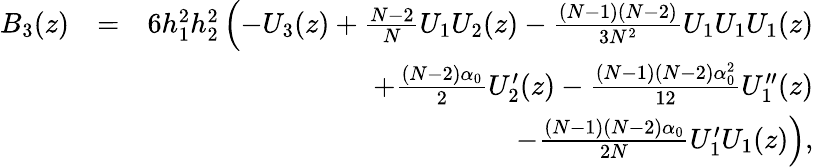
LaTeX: \begin{array}{rlr}{B_{3}(z)}&{=}&{6h_{1}^{2}h_{2}^{2}\left(-U_{3}(z)+\frac{N-2}{N}U_{1}U_{2}(z)-\frac{(N-1)(N-2)}{3N^{2}}U_{1}U_{1}U_{1}(z)\right.}\\ &{}&{+\frac{(N-2)\alpha_{0}}{2}U_{2}^{\prime}(z)-\frac{(N-1)(N-2)\alpha_{0}^{2}}{12}U_{1}^{\prime\prime}(z)}\\ &{}&{\left.-\frac{(N-1)(N-2)\alpha_{0}}{2N}U_{1}^{\prime}U_{1}(z)\right),}\end{array}